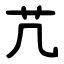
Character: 芁